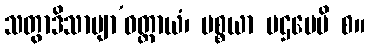
သတွာဒိသာမျာ’ဝတ္ထာယံ၊ ပစ္စယာ ပဌမေပိ စ။